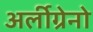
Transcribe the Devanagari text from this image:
अर्लीग्रेनो